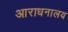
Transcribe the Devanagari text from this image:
आराधनालय